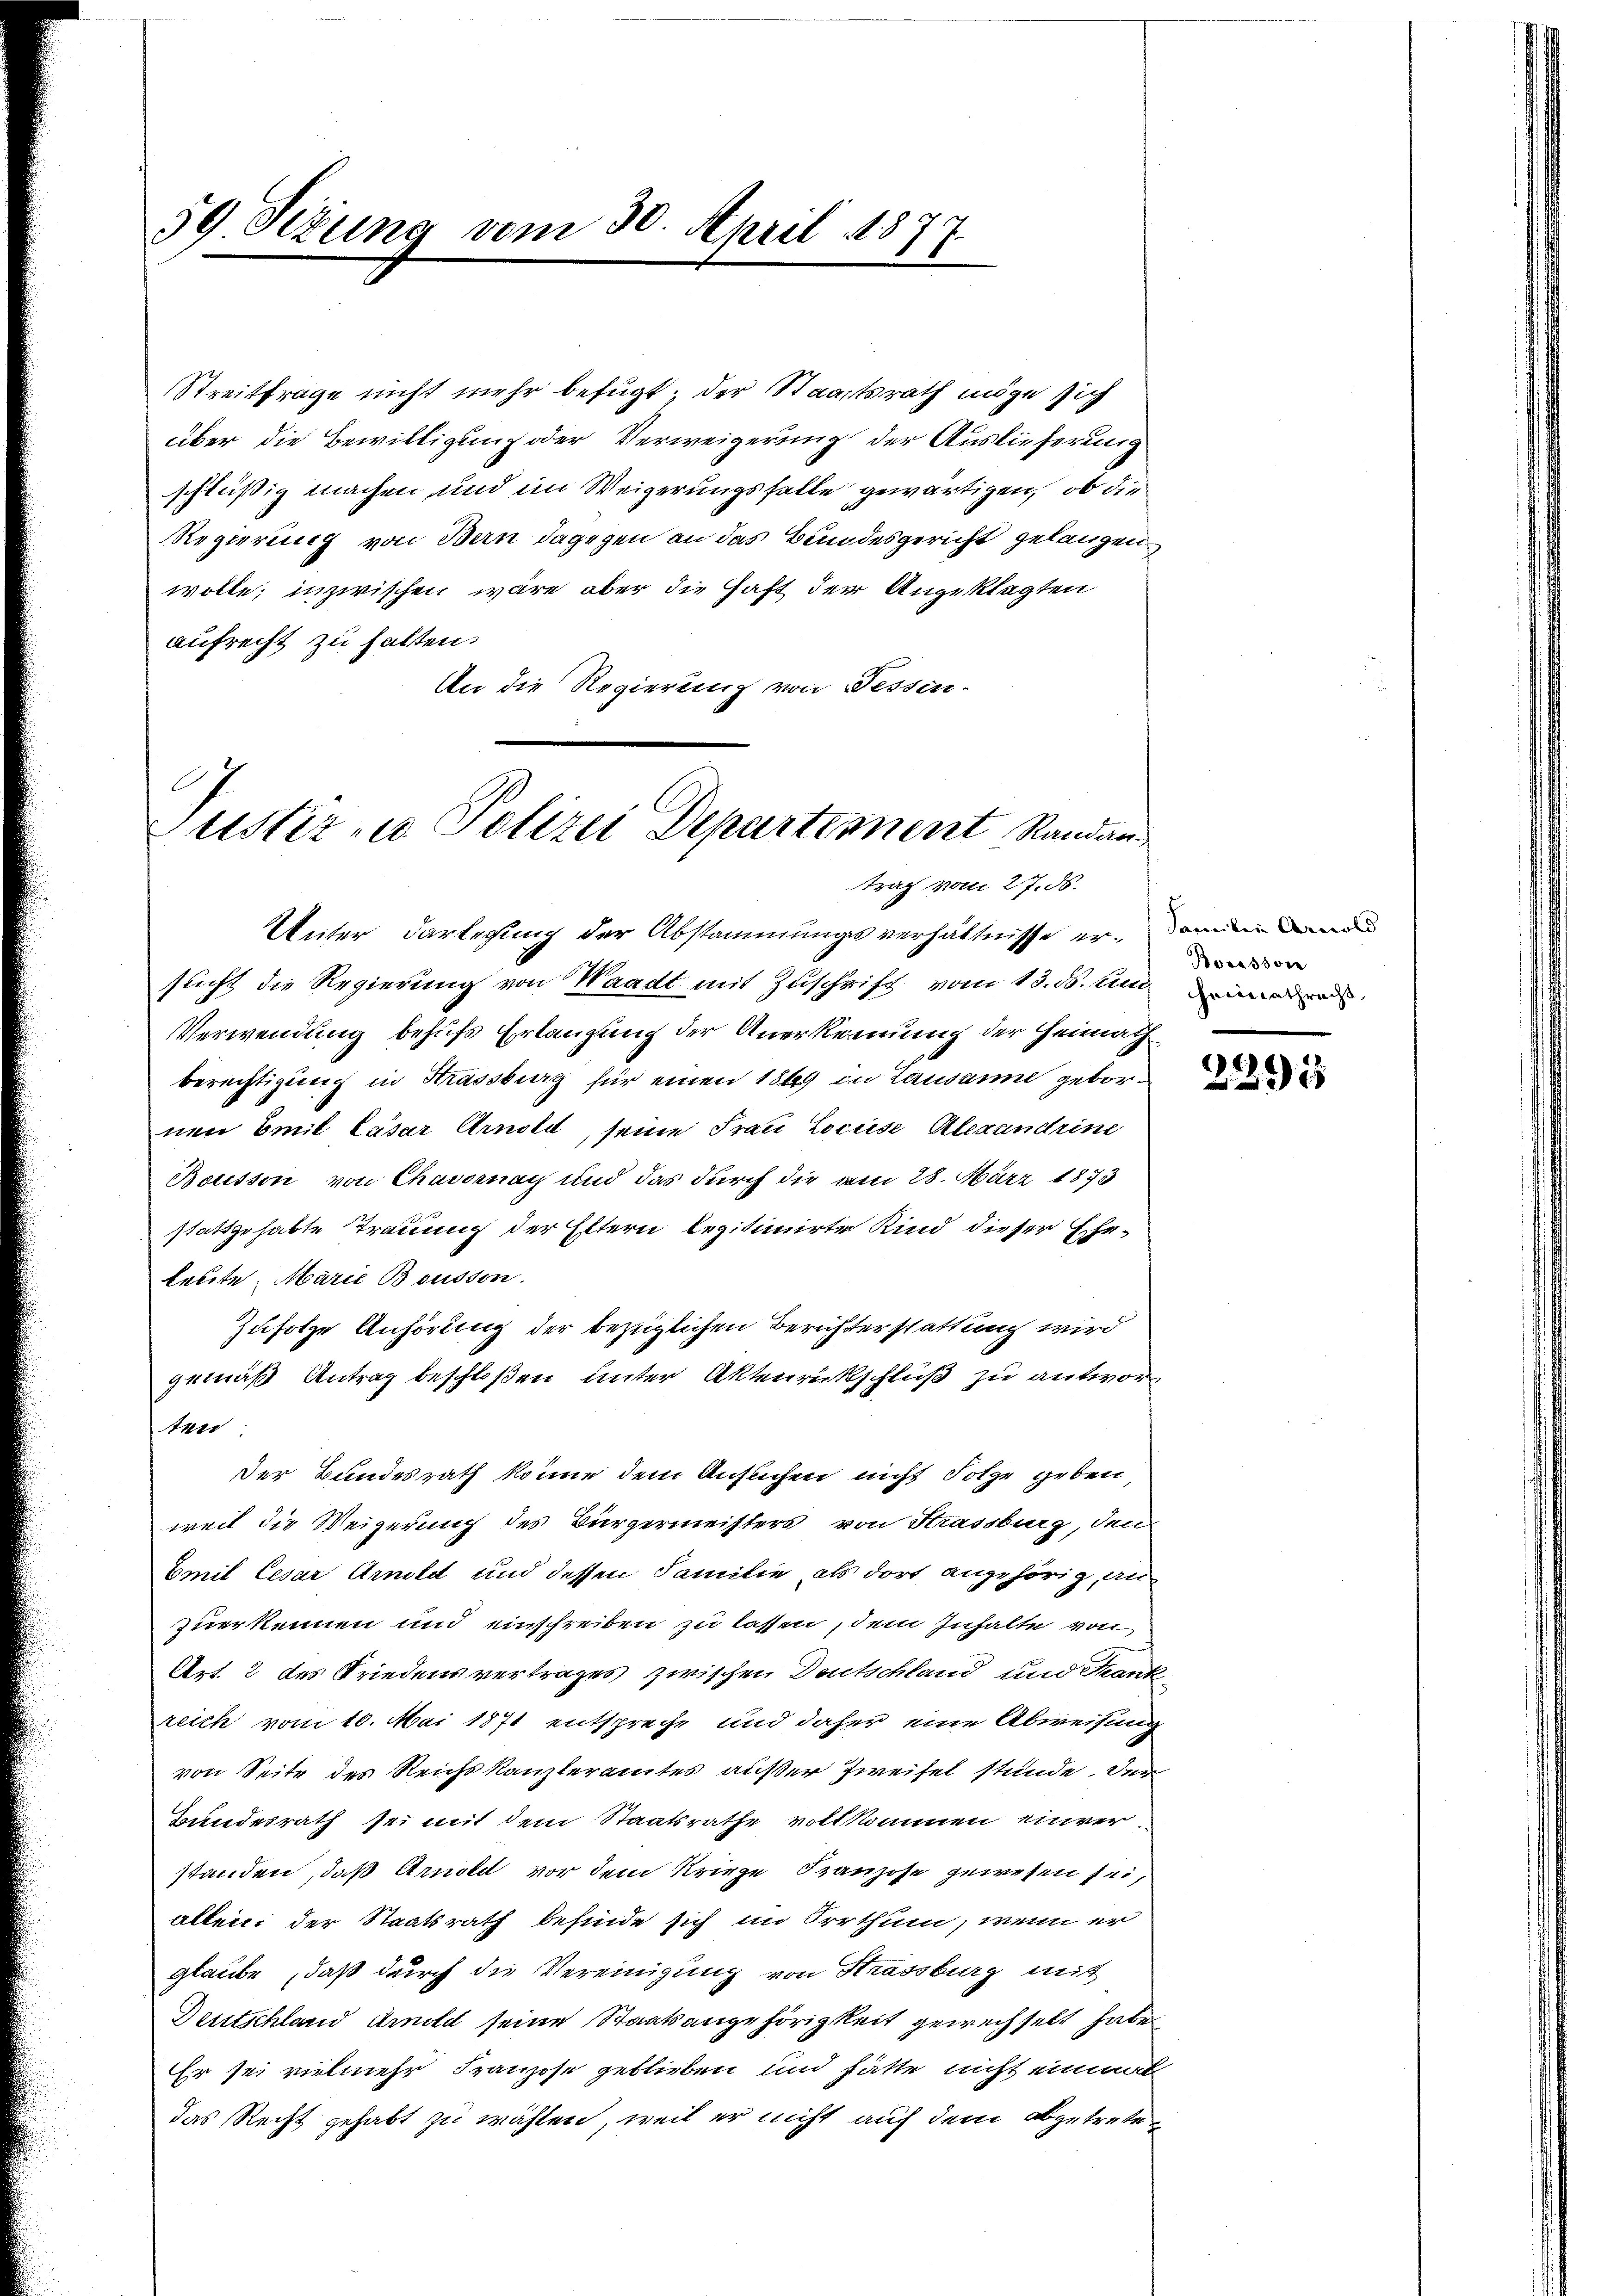
59. Sezung vom 30. April 1877.

Streitfrage nicht mehr befugt, der Staatsrath möge sich
über die Bewilligung oder Verweigerung der Auslieferung
schlüßig machen und im Weigerungsfalle gewärtigen, ob die
Regierung von Bern dagegen an das Bundesgericht gelangen
wolle; inzwischen wäre aber die Haft der Angeklagten
aufrecht zu halten.
An die Regierung von Fessen-

Justiz u. Polizei Departement Standantrag vom 27. 56.

Unter Darlegung der Abstammungsverhältnisse er, dann Lande
sucht die Regierung von Waadt mit Zuschrift vom 13. ds. sein
Verwendung behufs Erlangung der Anerkennung der Heimath
Berechtigung in Krassburg für einen 1869 in Lausanne gebornen Emil Cäsar Arnold, seine Frau Lociese Alexandrine
Bousson von Chavernach und das durch die am 28. März 1873
stattgehabte Trauung der Eltern legitimirte Kind dieser Eheleute, Marie Bousson.
Zufolge Anhörung der bezüglichen Berichterstattung wird
gemäß Antrag beschloßen unter Aktenrückschluß zu antwort
ten:
Der Bundesrath könne dem Ansuchen nicht Sotze geben
weil die Weigerung des Bürgermeisters von Strassburg, den
Emil Cesar Arnold und dessen Familie, als dort angehörig, an
zuerkennen und einschreiben zu lassen, dem Inhalte von
Art. 2 des Friedensvertrages zwischen Deutschland und Krankreich vom 10. Mai 1871 entspreche und daher eine Abweisung
von Seite des Reichskanzleramtes außer Zweifel stünde. Der
Bundesrath sei mit dem Staatsrathe vollkommen einver
standen, daß Arnold vor dem Kriege Franzose gewesen sei,
allein der Staatsrath befinde sich im Irrthum, wenn er
glaube, daß durch die Vereinigung von Strassburg mit
Deutschland Arnold seine Staatsangehörigkeit gewechselt habe
Er sei vielmehr Franzose geblieben und hätte nicht einmal
das Recht gehabt zu wählen, weil er nicht auf dem abgetreten

Bveassvie
Heimathracht

e